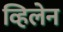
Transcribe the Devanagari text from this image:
व्हिलेन